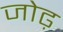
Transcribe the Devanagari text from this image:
जोढ़